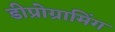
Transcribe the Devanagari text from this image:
डीप्रोग्रामिंग